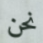
نحن